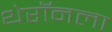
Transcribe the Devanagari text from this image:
थेरॉनला